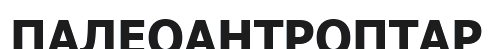
ПАЛЕОАНТРОПТАР